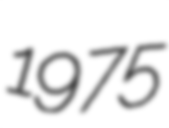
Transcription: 1975